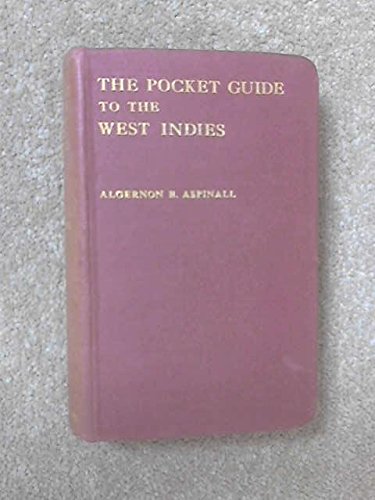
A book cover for Pocket Guide To The West Indies - British Guiana, British Honduras, Bermudas, Spanish Main & Panama Canal; Algernon E. Aspinall; Travel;